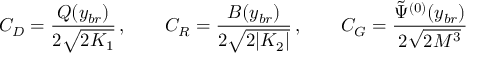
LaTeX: { \cal C } _ { D } = { \frac { Q ( y _ { b r } ) } { 2 \sqrt { 2 { \cal K } _ { 1 } } } } \, , \qquad { \cal C } _ { R } = { \frac { B ( y _ { b r } ) } { 2 \sqrt { 2 | { \cal K } _ { 2 } | } } } \, , \qquad { \cal C } _ { G } = { \frac { \tilde { \Psi } ^ { ( 0 ) } ( y _ { b r } ) } { 2 \sqrt { 2 M ^ { 3 } } } }